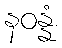
နဝန္နံ